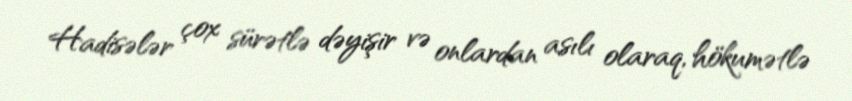
Hadisələr çox sürətlə dəyişir və onlardan asılı olaraq, hökumətlə